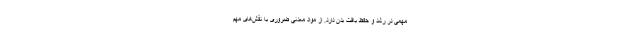
مهمی در رشد و حفظ بافت بدن دارد. از مواد معدنی ضروری با نقش‌های مهم